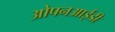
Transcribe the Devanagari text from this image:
ओपनआईडी